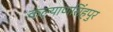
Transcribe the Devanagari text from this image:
कल्याणसिंहपुर